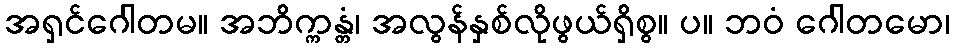
အရှင်ဂေါတမ။ အဘိက္ကန္တံ၊ အလွန်နှစ်လိုဖွယ်ရှိစွ။ ပ။ ဘဝံ ဂေါတမော၊